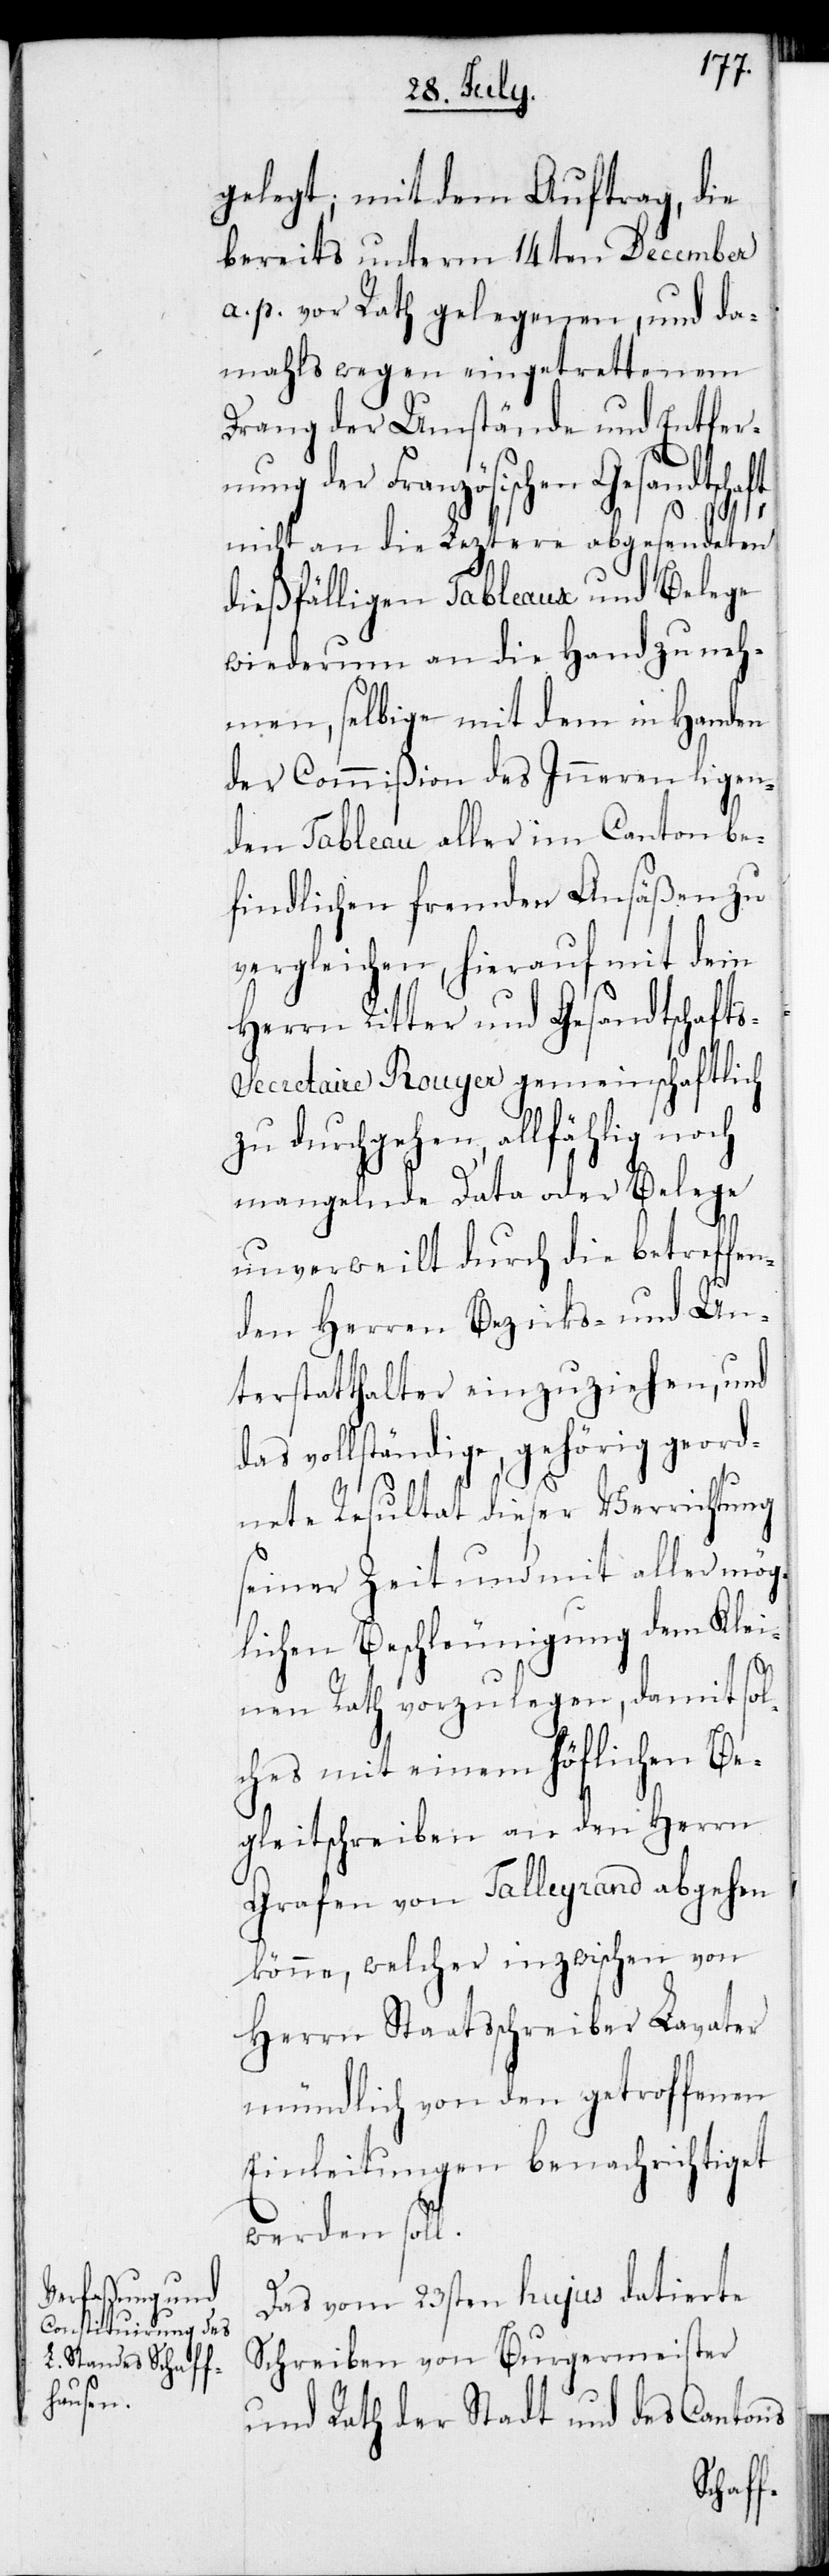
gelegt; mit dem Auftrag, die
bereits unterm 14ten December
a. p. vor Rath gelegenen, und da¬
mahls wegen eingetrettenem
Drang der Umstände und Entfer¬
nung der Französischen Gesandtschaft
nicht an die Leztere abgesendeten
dießfälligen Tableaux und Belege
wiederum an die Hand zu neh¬
men, selbige mit dem in Handen
der Commißion des Inneren ligen¬
den Tableau aller im Canton be¬
findlichen fremden Ansäßen zu
vergleichen, hierauf mit dem
Herrn Ritter und Gesandtschaft¬
s-Secretaire Rouyer gemeinschaftlich
zu durchgehen, allfählig noch
mangelnde Data oder Belege
unverweilt durch die betreffen¬
den Herren Bezirks- und Un¬
terstatthalter einzuziehen, und
das vollständige, gehörig geord¬
nete Resultat dieser Verrichtung
seiner Zeit und mit aller mög¬
lichen Beschleunigung dem Klei¬
nen Rath vorzulegen, damit sol¬
ches mit einem höflichen Be¬
gleitschreiben an den Herrn
Grafen von Talleyrand abgehen
könne, welcher inzwischen von
Herrn Staatsschreiber Lavater
mündlich von den getroffenen
Einleitungen benachrichtiget
werden soll.
Das vom 23sten hujus datierte
Schreiben von Burgermeister
und Rath der Stadt und des Cantons